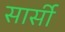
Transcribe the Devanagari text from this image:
सार्सी